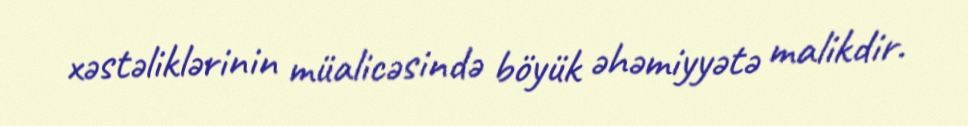
xəstəliklərinin müalicəsində böyük əhəmiyyətə malikdir.